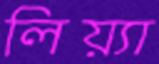
লিয়্যা